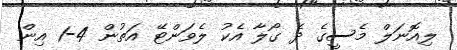
ލިއޮނަލް މެސީގެ ދެ ގޯލާ އެކު ލެވަންޓޭ އަތުން 4-1 އިން